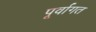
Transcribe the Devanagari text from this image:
पूर्वागत